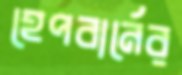
হেপবার্নের